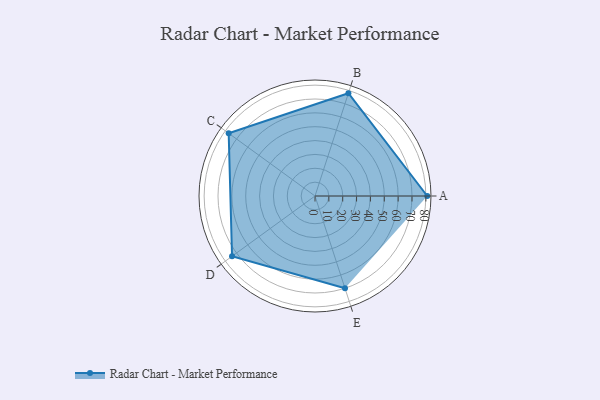
{"axis": {"x": "Skill", "y": "Score"}, "legend": ["Profile"], "data": [{"x": "A", "y": 81.0, "type": "Profile"}, {"x": "B", "y": 78.0, "type": "Profile"}, {"x": "C", "y": 77.0, "type": "Profile"}, {"x": "D", "y": 74.0, "type": "Profile"}, {"x": "E", "y": 70.0, "type": "Profile"}]}